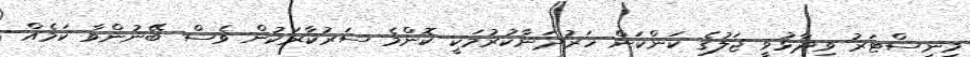
މިނިސްޓަރު ވިދާޅުވީ ޖަލުގެ ކަންކަން ހަރުދަނާކުރުމަކީ ކޮންމެ ސަރުކާރަކުން ވެސް ބޭނުންވާ ކަމެއް